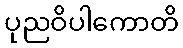
ပုညဝိပါကောတိ